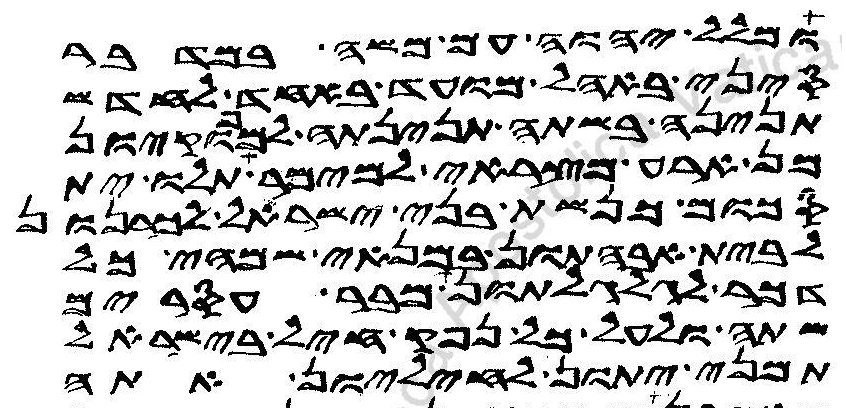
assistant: ומלל יהוה עם משה במדבר
סיני באהל מועד באחד לחדש
תנינה בשתה תנינתה למפוקיון
מן ארע מצראי למימר תלו ית
סכום כנשת בני ישראל לכרנהון
לבית אבהתון במנאי שמהי כל
דכר לגלגלתון מבר עסרים
שתה ולעל כל נפק חיל בישראל
תמני יתון לחיליון אתה